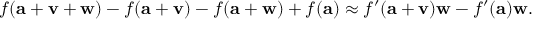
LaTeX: f ( \mathbf { a } + \mathbf { v } + \mathbf { w } ) - f ( \mathbf { a } + \mathbf { v } ) - f ( \mathbf { a } + \mathbf { w } ) + f ( \mathbf { a } ) \approx f ^ { \prime } ( \mathbf { a } + \mathbf { v } ) \mathbf { w } - f ^ { \prime } ( \mathbf { a } ) \mathbf { w } .